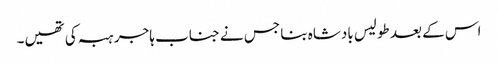
اس کے بعد طولیس بادشاہ بنا جس نے جناب ہاجر ہبہ کی تھیں۔